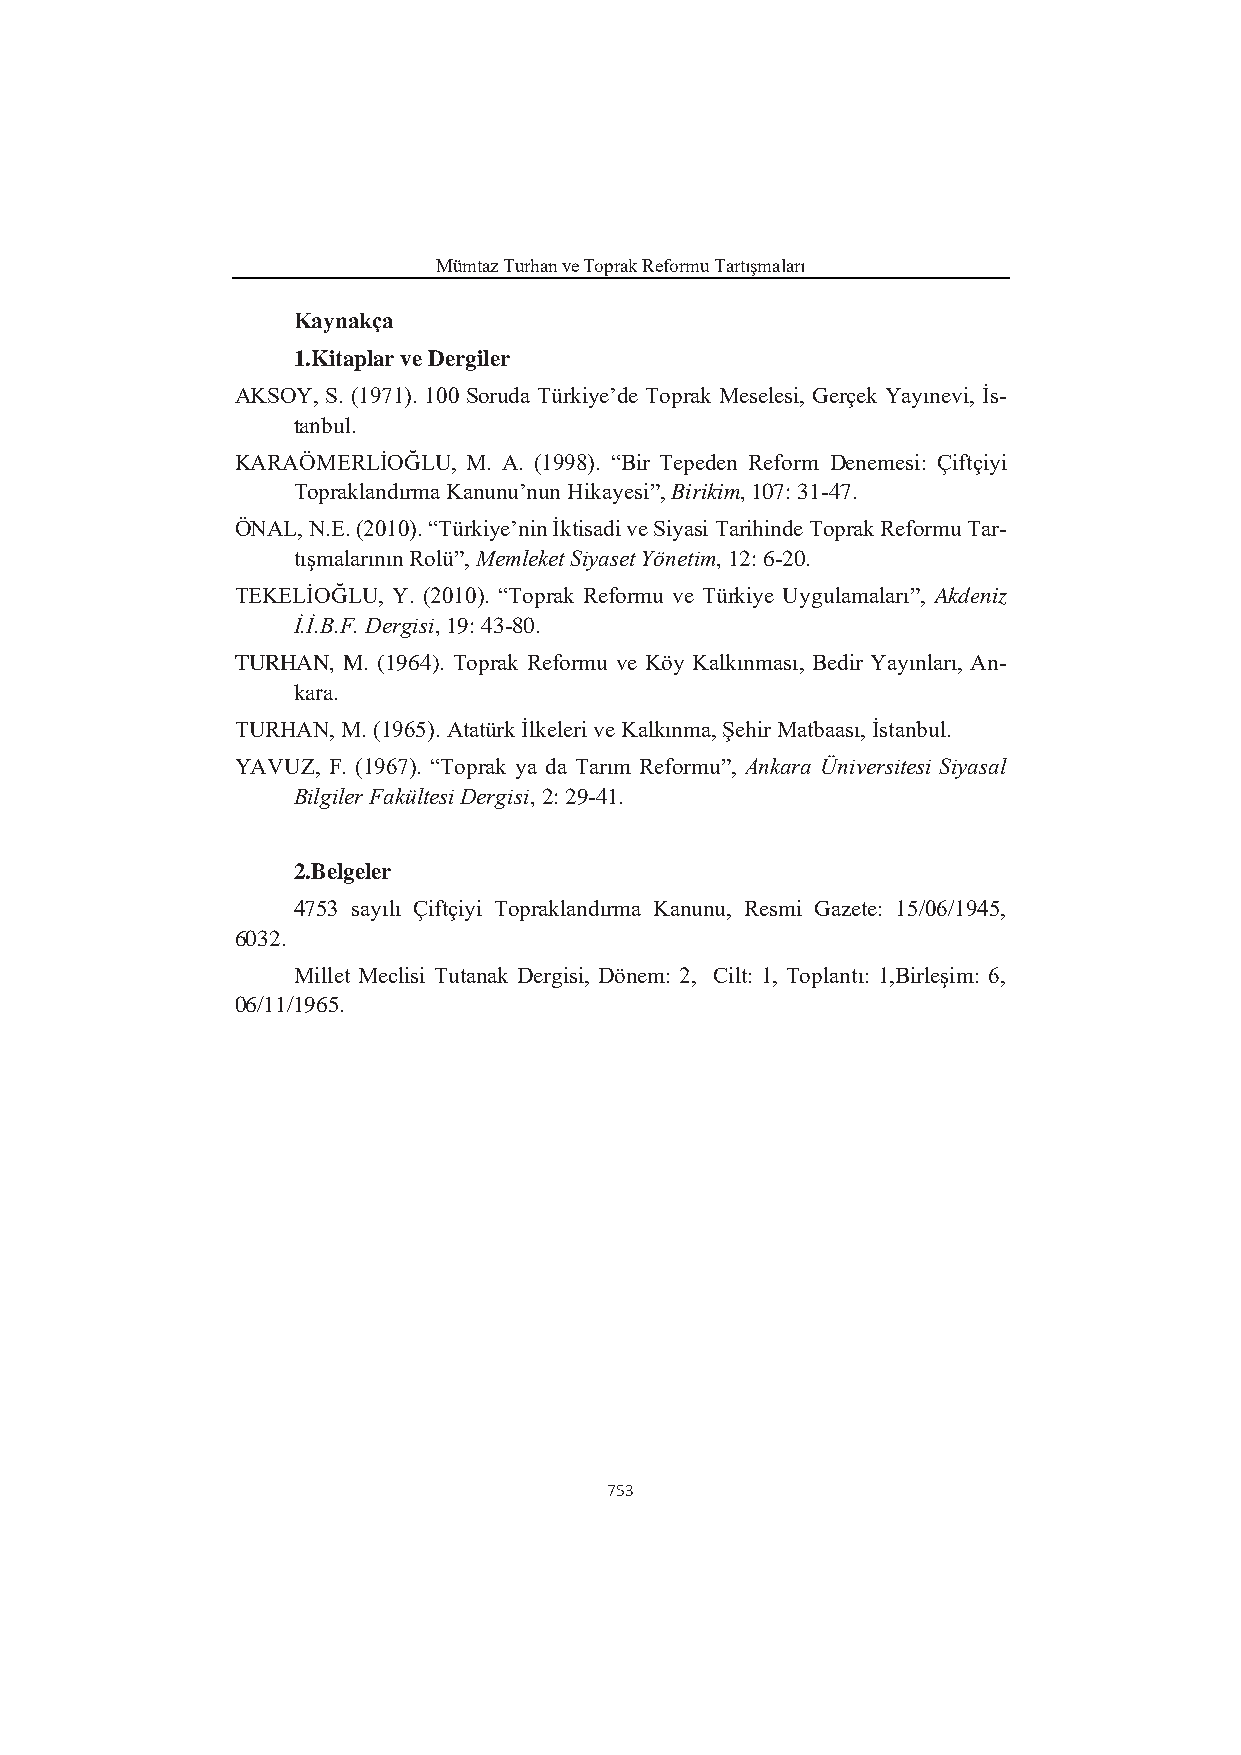
Mümtaz Turhan ve Toprak Reformu Tartışmaları
 Kaynakça
 1.Kitaplar ve Dergiler
 AKSOY, S. (1971). 100 Soruda Türkiye’de Toprak Meselesi, Gerçek Yayınevi, İs-
 tanbul.
 KARAÖMERLİOĞLU, M. A. (1998). “Bir Tepeden Reform Denemesi: Çiftçiyi
 Topraklandırma Kanunu’nun Hikayesi”, Birikim, 107: 31-47.
 ÖNAL, N.E. (2010). “Türkiye’nin İktisadi ve Siyasi Tarihinde Toprak Reformu Tar-
 tışmalarının Rolü”, Memleket Siyaset Yönetim, 12: 6-20.
 TEKELİOĞLU, Y. (2010). “Toprak Reformu ve Türkiye Uygulamaları”, Akdeniz
 İ.İ.B.F. Dergisi, 19: 43-80.
 TURHAN, M. (1964). Toprak Reformu ve Köy Kalkınması, Bedir Yayınları, An-
 kara.
 TURHAN, M. (1965). Atatürk İlkeleri ve Kalkınma, Şehir Matbaası, İstanbul.
 YAVUZ, F. (1967). “Toprak ya da Tarım Reformu”, Ankara Üniversitesi Siyasal
 Bilgiler Fakültesi Dergisi, 2: 29-41.
 2.Belgeler
 4753 sayılı Çiftçiyi Topraklandırma Kanunu, Resmi Gazete: 15/06/1945,
 6032.
 Millet Meclisi Tutanak Dergisi, Dönem: 2, Cilt: 1, Toplantı: 1,Birleşim: 6,
 06/11/1965.
 753